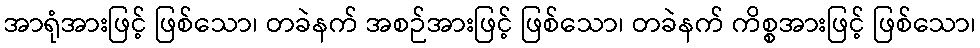
အာရုံအားဖြင့် ဖြစ်သော၊ တခဲနက် အစဉ်အားဖြင့် ဖြစ်သော၊ တခဲနက် ကိစ္စအားဖြင့် ဖြစ်သော၊